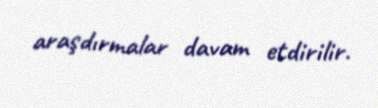
araşdırmalar davam etdirilir.